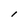
Character: l